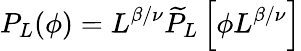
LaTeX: P_{L}(\phi)=L^{\beta/\nu}\widetilde{P}_{L}\left[\phi L^{\beta/\nu}\right]